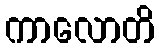
ကာလောတိ